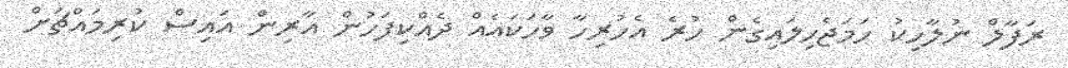
ރަފާލް ނުލާހިކު ހަމަޖެހިލައިގެން ހުރެ އެހުރިހާ ވާހަކައެއް ދެއްކިފަހުން އާރިން އައިސް ކުރިމައްޗަށް